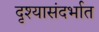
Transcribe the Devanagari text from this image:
दृश्यासंदर्भात